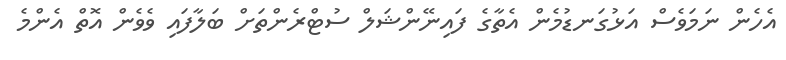
އެހެން ނަމަވެސް އަޅުގަނޑުމެން އެތާގެ ފައިނޭންޝަލް ސުޓްރެންތަށް ބަލާފައި ވެވެން އޮތް އެންމެ